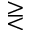
\gtreqless